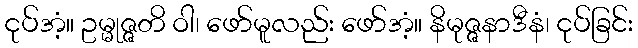
ငုပ်အံ့။ ဥမ္မုဇ္ဇတိ ဝါ၊ ဖော်မူလည်း ဖော်အံ့။ နိမုဇ္ဇနာဒီနံ၊ ငုပ်ခြင်း